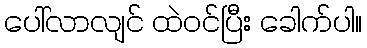
ပေါ်လာလျင် ထဲဝင်ပြီး ခေါက်ပါ။